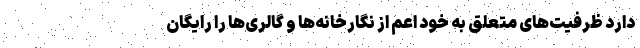
دارد ظرفیت‌های متعلق به خود اعم از نگارخانه‌ها و گالری‌ها را رایگان